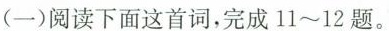
(一)阅读下面这首词，完成11~12题。